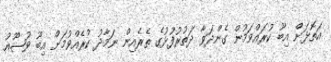
އަތޮޅަށް އިބޫ ކުރައްވަމުން ގެންދަވާ ދަތުރުފުޅުގެ ތެރެއިން ނަމާދު ކުރެއްވުމަށް އިބޫ ވުޟޫއު